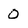
Character: 0